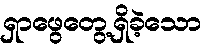
ရှာဖွေတွေ့ရှိခဲ့သော